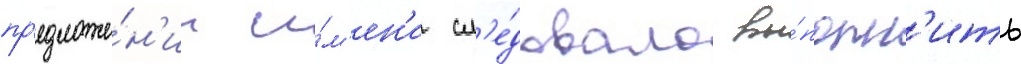
пр'едложе́н'ии и́м'ен'и сл'е́довало вы́полн'ить